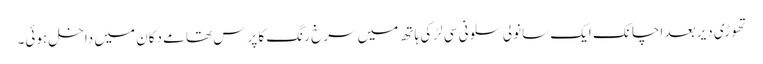
تھوڑی دیر بعد اچانک ایک سانولی سلونی سی لڑکی ہاتھ میں سرخ رنگ کا پرس تھامے دکان میں داخل ہوئی۔